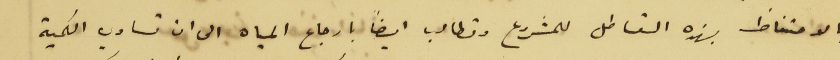
بالاحتفاظ بهذه القساطل للمشروع وتطالب ايضاً بارجاع المياه الى ان تساوي الكمية